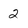
Character: 2